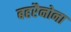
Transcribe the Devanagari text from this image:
बहरैनोना